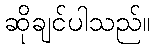
ဆိုချင်ပါသည်။